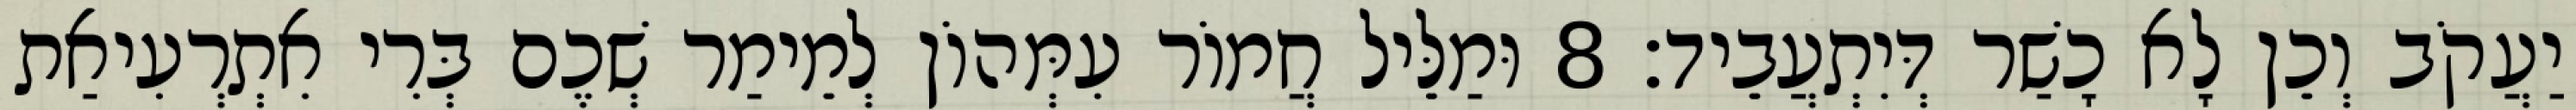
יַעֲקֹב וְכֵן לָא כָשַׁר דְּיִתְעֲבֵיד׃ 8 וּמַלֵּיל חֲמוֹר עִמְּהוֹן לְמֵימַר שְׁכֶם בְּרִי אִתְרְעִיאַת